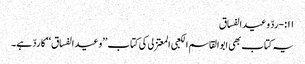
۱۱:-ردّ وعید الفساق
یہ کتاب بھی ابوالقاسم الکعبی المعتزلی کی کتاب ’’وعید الفساق‘‘ کا ردّ ہے۔